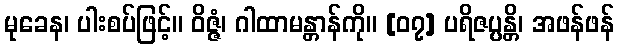
မုခေန၊ ပါးစပ်ဖြင့်။ ဝိဇ္ဇံ၊ ဂါထာမန္တာန်ကို။ [၀၇] ပရိဇပ္ပန္တိ၊ အဖန်ဖန်